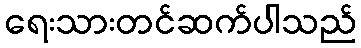
ရေးသားတင်ဆက်ပါသည်